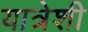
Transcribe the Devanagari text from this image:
यात्रेशी